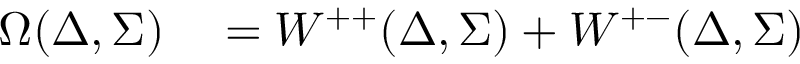
\begin{array} { r l } { \Omega ( \Delta , \Sigma ) } & { { } = W ^ { + + } ( \Delta , \Sigma ) + W ^ { + - } ( \Delta , \Sigma ) } \end{array}